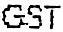
GST